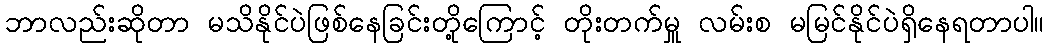
ဘာလည်းဆိုတာ မသိနိုင်ပဲဖြစ်နေခြင်းတို့ကြောင့် တိုးတက်မှူ လမ်းစ မမြင်နိုင်ပဲရှိနေရတာပါ။